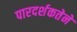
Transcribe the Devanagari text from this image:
पारदर्शकतेने